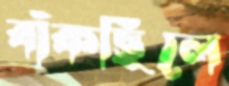
বাঁকছিলে